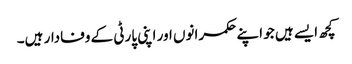
کچھ ایسے ہیں جو اپنے حکمرانوں اور اپنی پارٹی کے وفادار ہیں۔